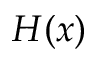
H ( x )